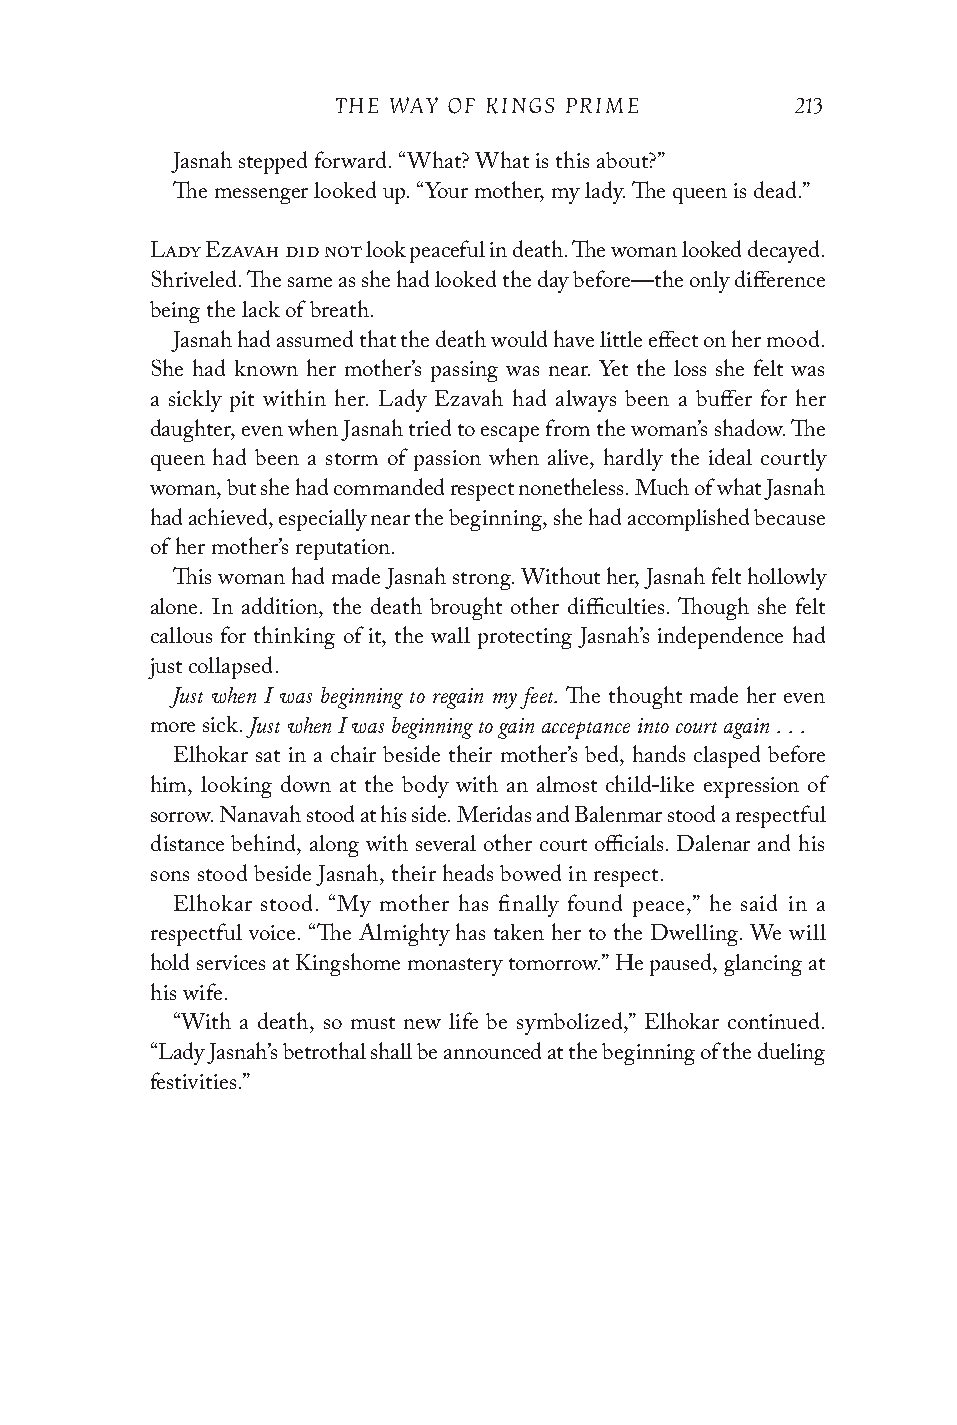
THE WAY OF KINGS PRIME         213
 Jasnah stepped forward. “What? What is this about?”
 The messenger looked up. “Your mother, my lady. The queen is dead.”
 Lady Ezavah did not look peaceful in death. The woman looked decayed.
 Shriveled. The same as she had looked the day before—the only difference
 being the lack of breath.
 Jasnah had assumed that the death would have little effect on her mood.
 She had known her mother’s passing was near. Yet the loss she felt was
 a sickly pit within her. Lady Ezavah had always been a buffer for her
 daughter, even when Jasnah tried to escape from the woman’s shadow. The
 queen had been a storm of passion when alive, hardly the ideal courtly
 woman, but she had commanded respect nonetheless. Much of what Jasnah
 had achieved, especially near the beginning, she had accomplished because
 of her mother’s reputation.
 This woman had made Jasnah strong. Without her, Jasnah felt hollowly
 alone. In addition, the death brought other difficulties. Though she felt
 callous for thinking of it, the wall protecting Jasnah’s independence had
 just collapsed.
 Just when I was beginning to regain my feet.
 The thought made her even
 Just when I was beginning to gain acceptance into court again . . .
 more sick.
 Elhokar sat in a chair beside their mother’s bed, hands clasped before
 him, looking down at the body with an almost child-like expression of
 sorrow. Nanavah stood at his side. Meridas and Balenmar stood a respectful
 distance behind, along with several other court officials. Dalenar and his
 sons stood beside Jasnah, their heads bowed in respect.
 Elhokar stood. “My mother has finally found peace,” he said in a
 respectful voice. “The Almighty has taken her to the Dwelling. We will
 hold services at Kingshome monastery tomorrow.” He paused, glancing at
 his wife.
 “With a death, so must new life be symbolized,” Elhokar continued.
 “Lady Jasnah’s betrothal shall be announced at the beginning of the dueling
 festivities.”